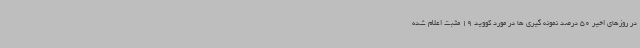
در روزهای اخیر 50 درصد نمونه گیری ها در مورد کووید 19 مثبت اعلام شده